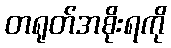
တရုတ်အစိုးရကို